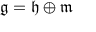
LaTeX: { \mathfrak { g } } = { \mathfrak { h } } \oplus { \mathfrak { m } }